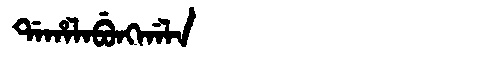
Manchu: ᡩᠠᡥᠠᠯᠠᠪᡠᠩᡤᠠᠯᠠ
Romanization: DAHALABUNGGALA